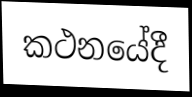
කථනයේදී